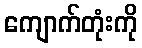
ကျောက်တုံးကို